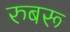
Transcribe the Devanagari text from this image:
रुबरू